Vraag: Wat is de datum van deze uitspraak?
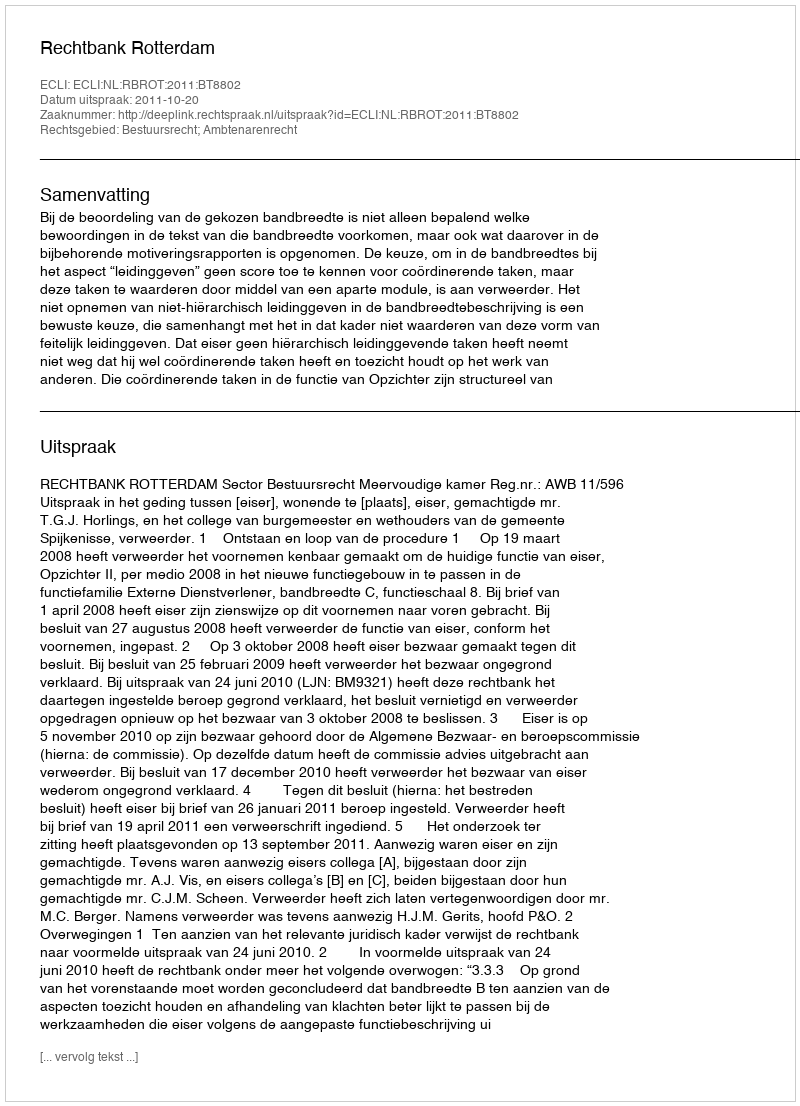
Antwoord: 2011-10-20